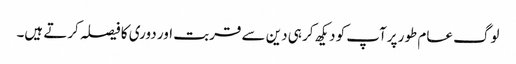
لوگ عام طور پرآپ کو دیکھ کر ہی دین سے قربت اور دوری کا فیصلہ کرتے ہیں۔